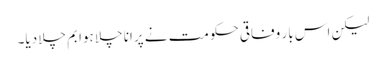
لیکن اس بار وفاقی حکومت نے پرانا چلا ہوا بم چلا دیا۔